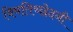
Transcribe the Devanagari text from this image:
विमतिच्छेदनी